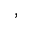
,